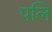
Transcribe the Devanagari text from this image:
पलि